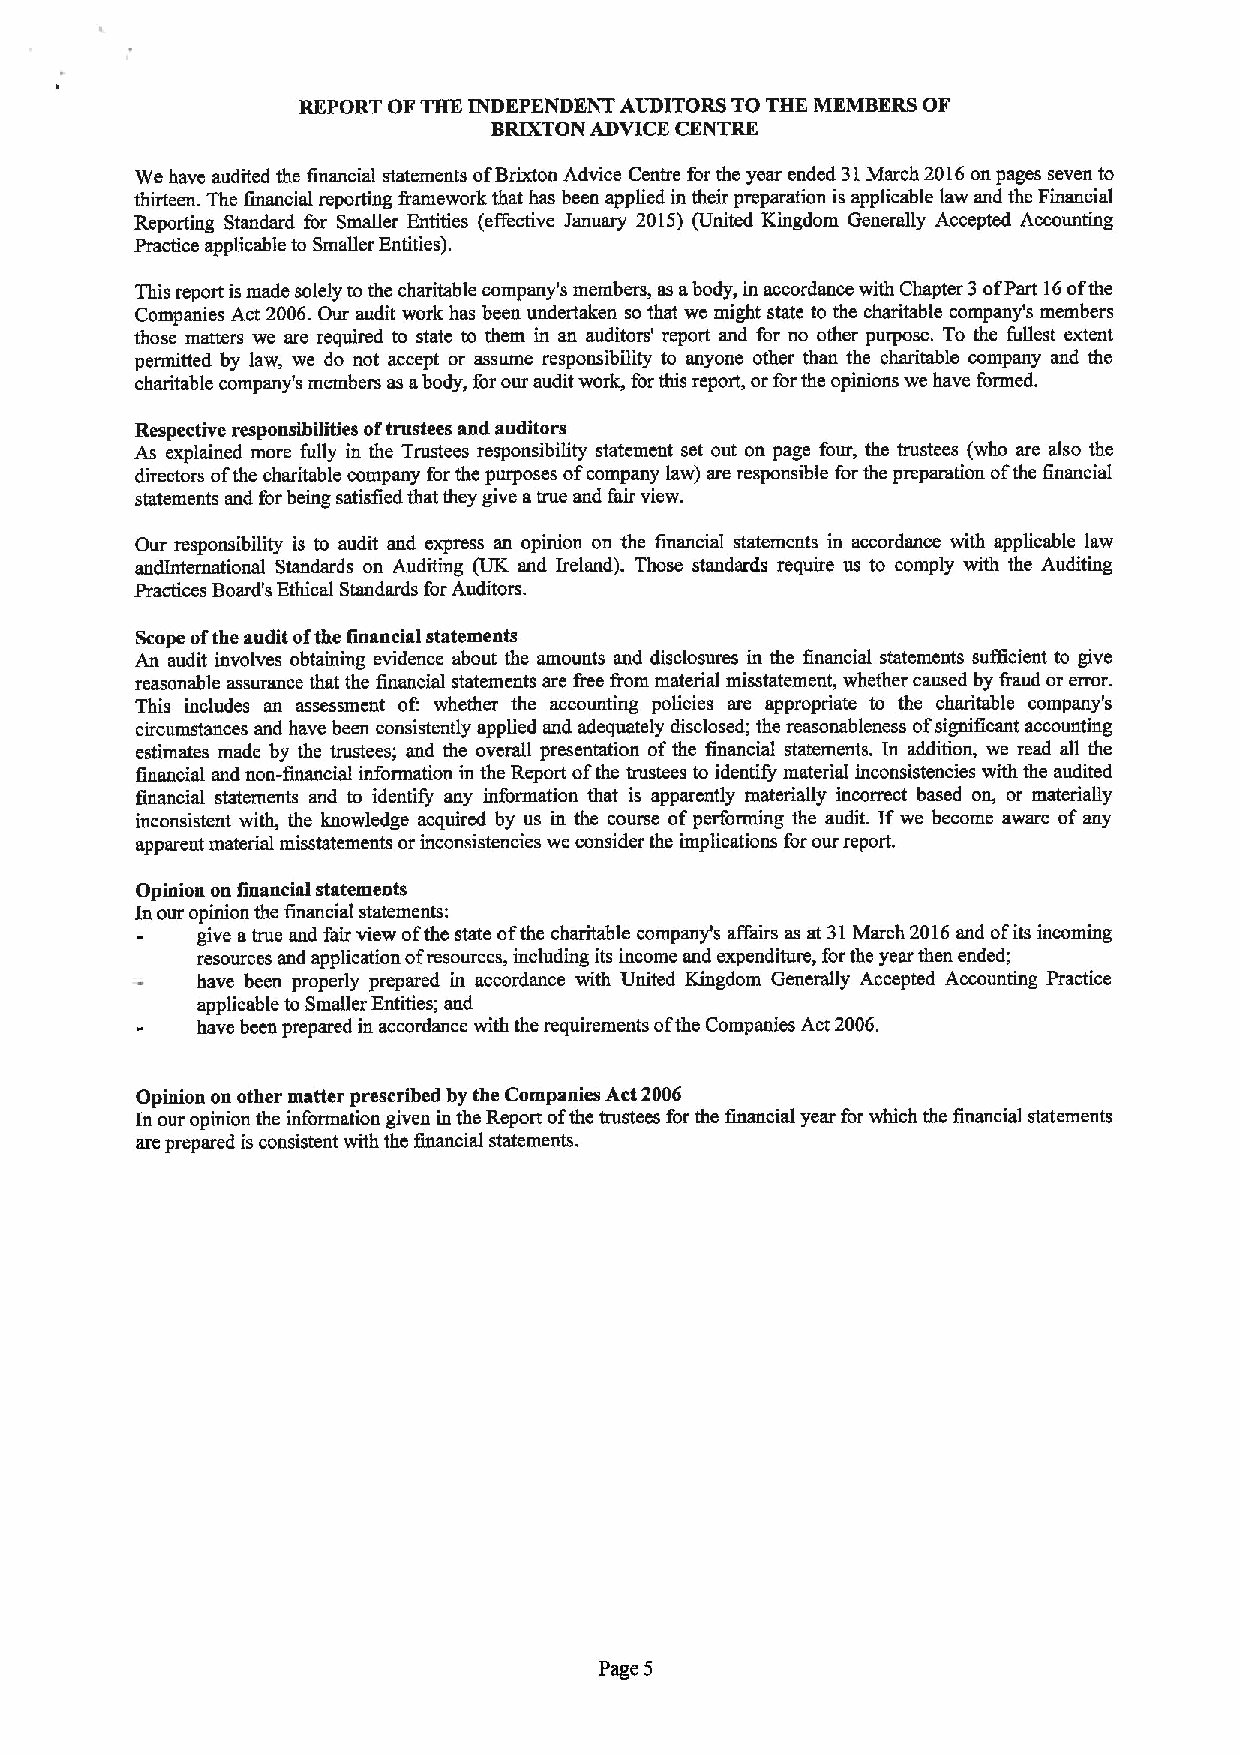
REPORT OFTHE INDEPENDENT AUDITORS TO THE MEMBERS OF
 BRIXTON ADVICE CENTRE
 We have audited the financial statements ofBrixton Advice Centre for the year ended 31March 2016on pages seven to
 thirteen. The financial reporting &amework that has been applied in their preparation is applicable law and the Financial
 Reporting Standard for Smaller Entities (effective January 2015) (United Kingdom Generally Accepted Accounting
 Practice applicable to Smaller Entities).
 This report ismade solely tothe charitable company's members, as abody, in accordance with Chapter 3 ofPart 16ofthe
 Companies Act 2006.Our audit work has been undertaken so that we might state to the charitable company's members
 those matters we are required to state to them in an auditors' report and for no other purpose. To the fullest extent
 permitted by law, we do not accept or assume responsibility to anyone other than the charitable company and the
 charitable company's members as abody, for our audit work, forthis report, or forthe opinions we have formed.
 Respective responsibilities oftrustees and auditors
 As explained more fully in the Trustees responsibility statement set out on page four, the trustees (who are also the
 directors ofthe charitable company for the purposes ofcompany law) are responsible for the preparation ofthe finsncial
 statements and forbeing satisfied that they give atrue and fair view.
 Our responsibility is to audit and express an opinion on the financial statements in accordance with applicable law
 andlnternational Standards on Auditing (UK snd Ireland). Those standards require us to comply with the Auditing
 Practices Board's Ethical Standards forAuditors.
 Scope ofthe audit ofthe financial statements
 An audit involves obtaining evidence about the amounts snd disclosures in the financial statements sufficient to give
 reasonable assurance that the financial statements are free from material misstatement, whether caused by &aud or error.
 This includes an assessment of: whether the accounting policies are appropriate to the charitable company's
 circumstances and have been consistently applied and adequately disclosed; the reasonableness ofsignificant accounting
 estimates made by the trustees; and the overall presentation ofthe financial statements. In addition, we read all the
 financial and non-financial information in the Report ofthe trustees to identify material inconsistencies with the audited
 financial statements and to identify any information that is apparently materially incorrect based on, or materially
 inconsistent with, the knowledge acquired by us in the course ofperforming the audit. Ifwe become aware ofany
 apparent material misstatements or inconsistencies we consider the implications for our report.
 Opinion on financial statements
 In our opinion the financial statements:
 give atrue and fair view ofthe state ofthe charitable company's affairs as at 31March 2016and ofits incoming
 resources and application ofresources, including its income and expenditure, forthe year then ended;
 have been properly prepared in accordance with United Kingdom Generally Accepted Accounting Practice
 applicable to Smaller Entities; and
 have been prepared in accordance with the requirements ofthe Companies Act 2006.
 Opinion on other matter prescribed by the Companies Act 2006
 In our opinion the information given in the Report ofthe trustees for the financial year for which the financial statements
 are prepared is consistent with the financial statements.
 Page 5